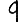
Digit: 9